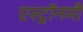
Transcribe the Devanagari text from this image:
एस्‍ट्रॉनमी